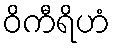
ဝိကီရိဟံ